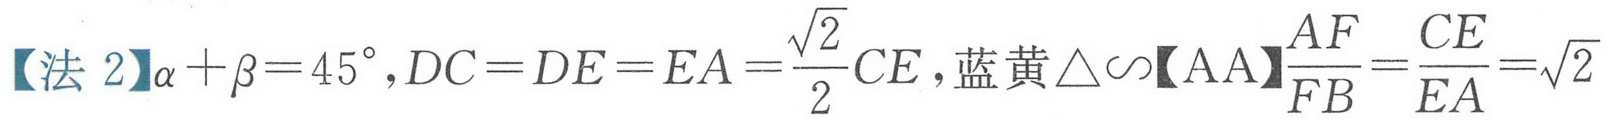
【法 2】\(\alpha+\beta = 45^{\circ},DC = DE = EA=\frac{\sqrt{2}}{2}CE\),蓝黄\(\triangle\sim\)【AA】\(\frac{AF}{FB}=\frac{CE}{EA}=\sqrt{2}\)